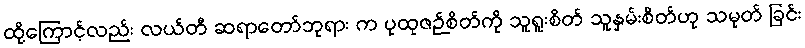
ထို့ကြောင့်လည်း လယ်တီ ဆရာတော်ဘုရား က ပုထုဇဉ်စိတ်ကို သူရူးစိတ် သူနှမ်းစိတ်ဟု သမုတ် ခြင်း